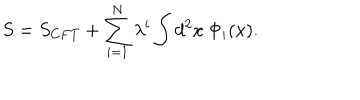
S = S _ { C F T } + \sum _ { i = 1 } ^ { N } \lambda ^ { i } \int d ^ { 2 } x \ \Phi _ { i } ( x ) .